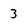
Character: 3